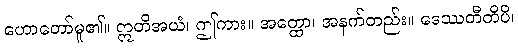
ဟောတော်မူ၏။ ဣတိအယံ၊ ဤကား။ အတ္ထော၊ အနက်တည်း။ ဒေဿတီတိပိ၊